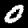
Digit: 0